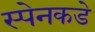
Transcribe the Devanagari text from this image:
स्पेनकडे